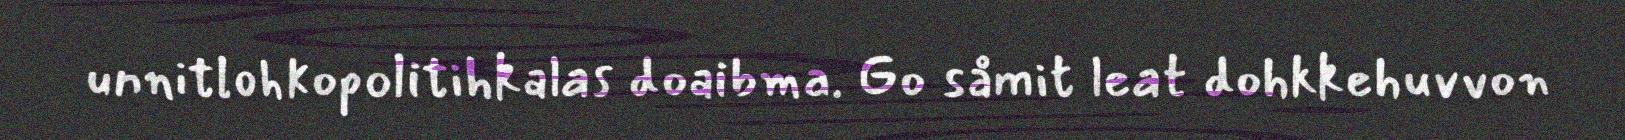
unnitlohkopolitihkalas doaibma. Go såmit leat dohkkehuvvon